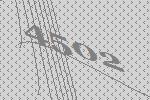
4502